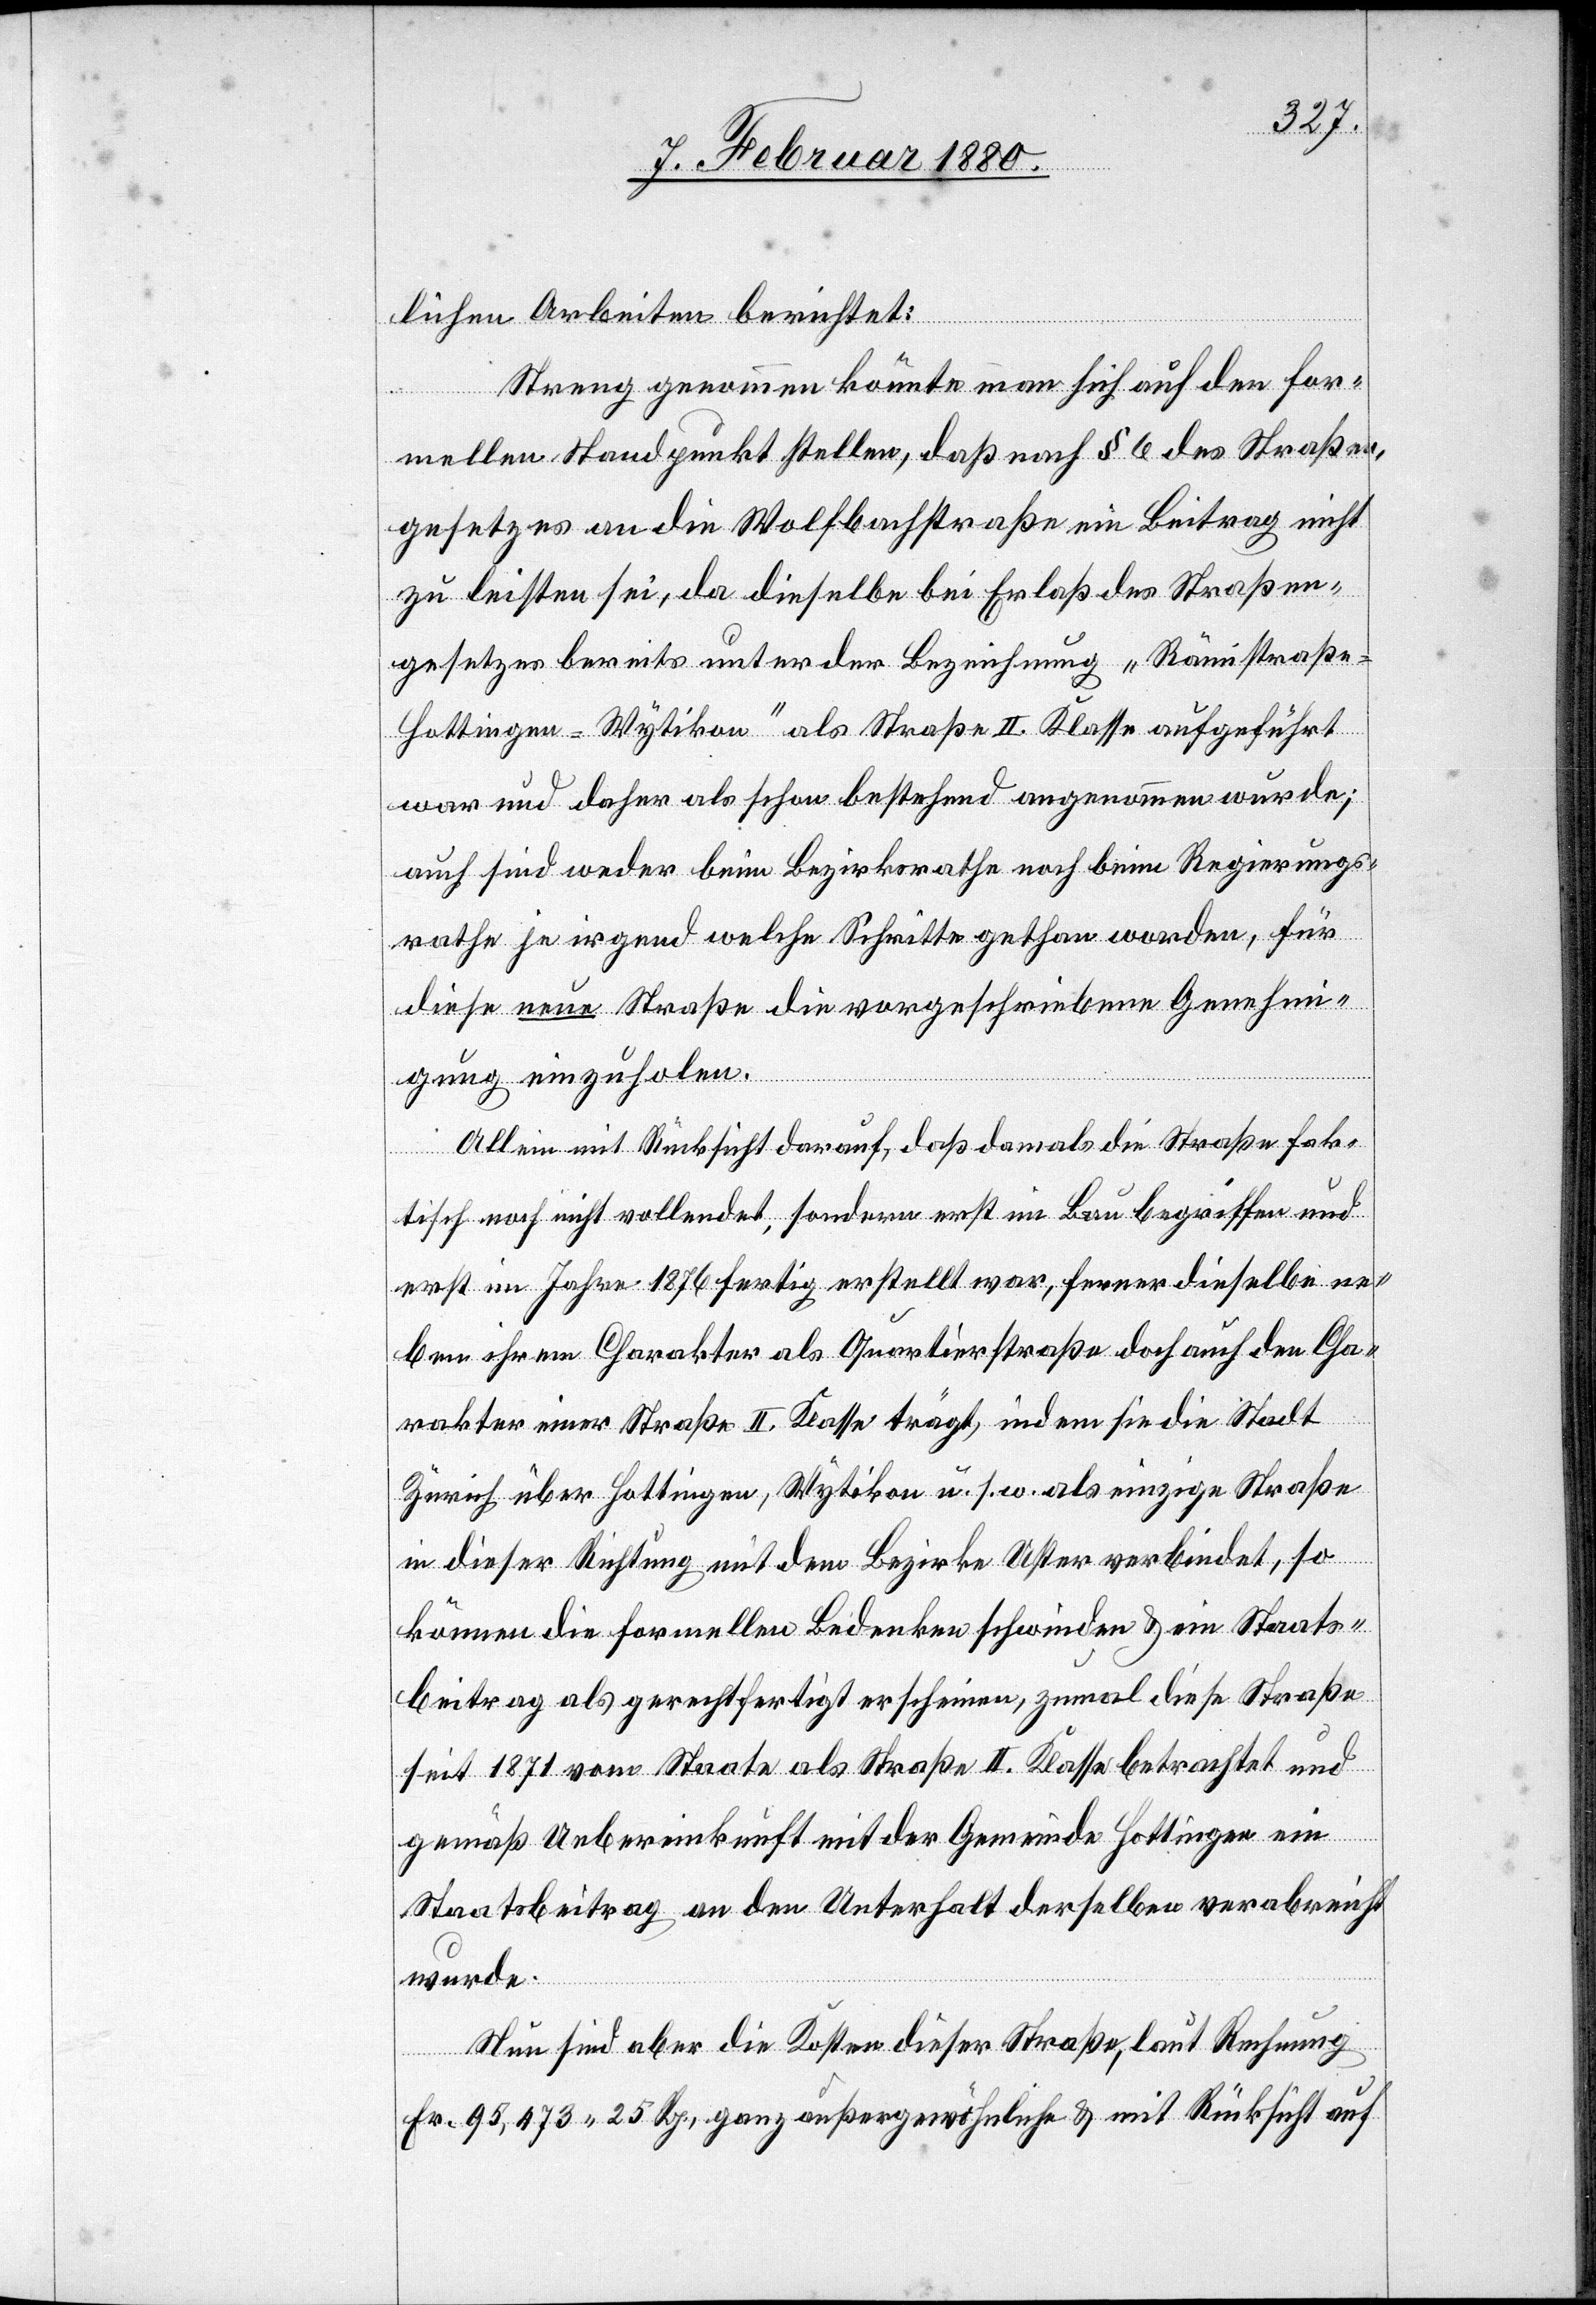
lichen Arbeiten berichtet:
Streng genommen könnte man sich auf den for¬
mellen Standpunkt stellen, daß nach § 6 des Straßen¬
gesetzes an die Wolfbachstraße ein Beitrag nicht
zu leisten sei, da dieselbe bei Erlaß des Straßen¬
gesetzes bereits unter der Bezeichnung „Rämistraß¬
e–Hottingen–Wytikon“ als Straße II. Klasse aufgeführt
war und daher als schon bestehend angenommen wurde;
auch sind weder beim Bezirksrathe noch beim Regierungs¬
rathe je irgend welche Schritte gethan worden, für
diese neue Straße die vorgeschriebene Genehmi¬
gung einzuholen.
Allein mit Rücksicht darauf, daß damals die Straße fak¬
tisch noch nicht vollendet, sondern erst im Bau begriffen und
erst im Jahre 1876 fertig erstellt war, ferner dieselbe ne¬
ben ihrem Charakter als Quartierstraße doch auch den Cha¬
rakter einer Straße II. Klasse trägt, indem sie die Stadt
Zürich über Hottingen, Wytikon u. s. w. als einzige Straße
in dieser Richtung mit dem Bezirke Uster verbindet, so
können die formellen Bedenken schwinden & ein Staats¬
beitrag als gerechtfertigt erscheinen, zumal diese Straße
seit 1871 vom Staate als Straße II. Klasse betrachtet und
gemäß Uebereinkunft mit der Gemeinde Hottingen ein
Staatsbeitrag an den Unterhalt derselben verabreicht
wurde.
Nun sind aber die Kosten dieser Straße, laut Rechnung
Fr. 95,473.25 Rp. ganz außergewöhnlich & mit Rücksicht auf